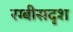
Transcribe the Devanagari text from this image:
रग्बीसदृश